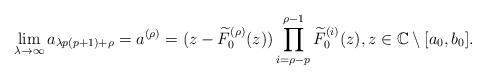
LaTeX: \begin{align*}\lim_{\lambda\rightarrow\infty} a_{\lambda p(p+1)+\rho}=a^{(\rho)}=(z-\widetilde{F}_{0}^{(\rho)}(z)) \prod_{i=\rho-p}^{\rho-1} \widetilde{F}_{0}^{(i)}(z),z\in\mathbb{C}\setminus[a_{0},b_{0}].\end{align*}